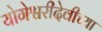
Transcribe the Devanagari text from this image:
योगेश्वरीदेवीच्या